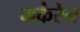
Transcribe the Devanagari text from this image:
मकैरेन